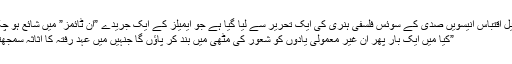
درج ذیل اقتباس انیسویں صدی کے سوئس فلسفی ہنری کی ایک تحریر سے لیا گیا ہے جو ایمیلز کے ایک جریدے ”اِن ٹائمز” میں شائع ہو چکا ہے:
”کیا میں ایک بار پھر اُن غیر معمولی یادوں کو شعور کی مٹھی میں بند کر پاؤں گا جنہیں میں عہدِ رفتہ کا اثاثہ سمجھتا ہوں؟